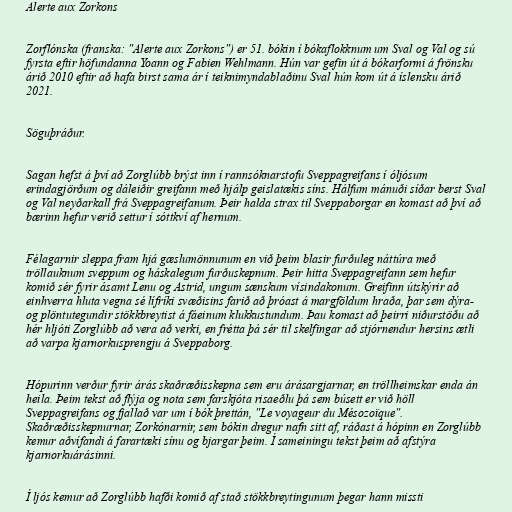
Alerte aux Zorkons

Zorflónska (franska: "Alerte aux Zorkons") er 51. bókin í bókaflokknum um Sval og Val og sú
fyrsta eftir höfundanna Yoann og Fabien Wehlmann. Hún var gefin út á bókarformi á frönsku
árið 2010 eftir að hafa birst sama ár í teiknimyndablaðinu Sval hún kom út á íslensku árið
2021.

Söguþráður.

Sagan hefst á því að Zorglúbb brýst inn í rannsóknarstofu Sveppagreifans í óljósum
erindagjörðum og dáleiðir greifann með hjálp geislatækis síns. Hálfum mánuði síðar berst Sval
og Val neyðarkall frá Sveppagreifanum. Þeir halda strax til Sveppaborgar en komast að því að
bærinn hefur verið settur í sóttkví af hernum.

Félagarnir sleppa fram hjá gæslumönnunum en við þeim blasir furðuleg náttúra með
tröllauknum sveppum og háskalegum furðuskepnum. Þeir hitta Sveppagreifann sem hefur
komið sér fyrir ásamt Lenu og Astrid, ungum sænskum vísindakonum. Greifinn útskýrir að
einhverra hluta vegna sé lífríki svæðisins farið að þróast á margföldum hraða, þar sem dýra-
og plöntutegundir stökkbreytist á fáeinum klukkustundum. Þau komast að þeirri niðurstöðu að
hér hljóti Zorglúbb að vera að verki, en frétta þá sér til skelfingar að stjórnendur hersins ætli
að varpa kjarnorkusprengju á Sveppaborg.

Hópurinn verður fyrir árás skaðræðisskepna sem eru árásargjarnar, en tröllheimskar enda án
heila. Þeim tekst að flýja og nota sem farskjóta risaeðlu þá sem búsett er við höll
Sveppagreifans og fjallað var um í bók þrettán, "Le voyageur du Mésozoïque".
Skaðræðisskepnurnar, Zorkónarnir, sem bókin dregur nafn sitt af, ráðast á hópinn en Zorglúbb
kemur aðvífandi á farartæki sínu og bjargar þeim. Í sameiningu tekst þeim að afstýra
kjarnorkuárásinni.

Í ljós kemur að Zorglúbb hafði komið af stað stökkbreytingunum þegar hann missti